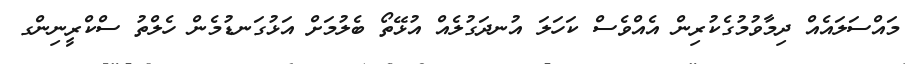
މައްސަލައެއް ދިމާވުމުގެކުރިން އެއްވެސް ކަހަލަ އުނދަގުލެއް އުޅޭތޯ ބެލުމަށް އަޅުގަނޑުމެން ހެލްތު ސްކްރީނިންގ